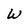
Character: W